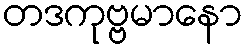
တဒကုဗ္ဗမာနော